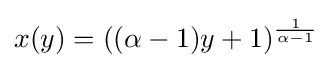
x(y)=((\alpha -1)y+1)^{\frac {1}{\alpha -1}}